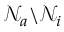
\mathcal { N } _ { a } \backslash \mathcal { N } _ { i }